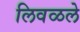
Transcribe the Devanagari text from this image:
लिवळले